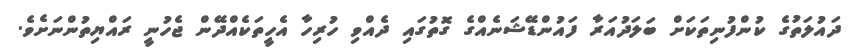
ދައުލަތުގެ ކުންފުނިތަކަށް ބަލަދުއަރާ ފައުންޑޭޝަނެއްގެ ގޮތުގައި ދެއްވި ހުރިހާ އެހީތަކެއްދޭން ޖެހުނީ ރައްޔިތުންނަށެވެ.